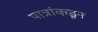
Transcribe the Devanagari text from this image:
पात्रांकडून